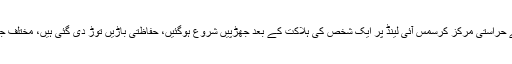
2015ء)آسٹریلیا کی طرف سے مہاجرین کے حراستی مرکز کرسمس آئی لینڈ پر ایک شخص کی ہلاکت کے بعد جھڑپیں شروع ہوگئیں، حفاظتی باڑیں توڑ دی گئی ہیں، مختلف جگہوں پر آگ لگی ہوئی ہے ،عملہ فرار ہو گیا۔